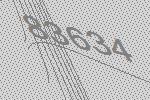
83634